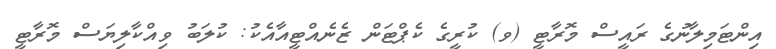
އިންޓަމިލާނުގެ ރައީސް މޮރާޓީ (ވ) ކުރީގެ ކެޕްޓަން ޒެނެއްޓީއާއެކު: ކުލަބު ވިއްކާލިޔަސް މޮރާޓީ